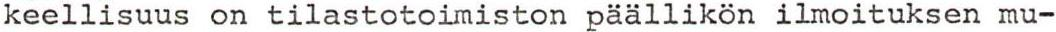
keellisuus on tilastotoimiston päällikön ilmoituksen mu-